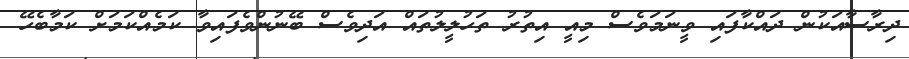
ދިރާސާއަކުން ދައްކާފައި ވީނަމަވެސް މިއީ އިތުރު ތަހުލީލުތައް އަދިވެސް ބޭނުންވެފައިވާ ކަމެއްކަމަށް ކަމާބެހޭ